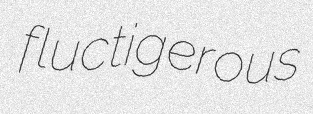
fluctigerous